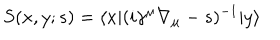
S ( x , y ; s ) = \langle x | ( i \gamma ^ { \mu } \nabla _ { \mu } - s ) ^ { - 1 } | y \rangle